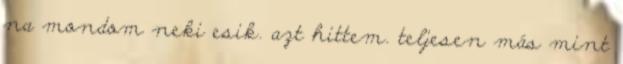
na mondom neki esik. azt hittem. teljesen más mint